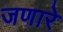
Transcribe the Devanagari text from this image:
जणारे